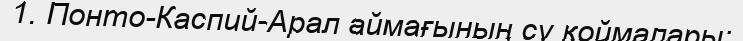
1. Понто-Каспий-Арал аймағының су қоймалары;